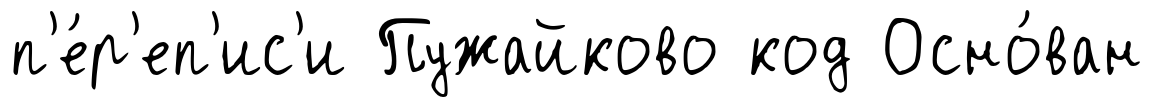
п'е́р'еп'ис'и Пужайково код Осно́ван